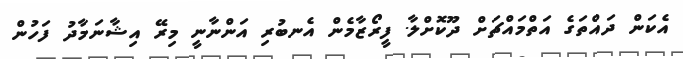
އެކަން ދައްތަގެ އަތްމައްޗަށް ދޫކޮށްލާ. ފީރޯޒާމެން އެނބުރި އަންނާނީ މިރޭ އިޝާނަމާދު ފަހުން